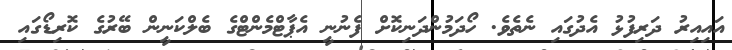
އައިއިރު ދަރިފުޅު އެދުގައި ނެތެވެ. ހޯދަމުންދަނިކޮށް ފެނުނީ އެޕާޓްމެންޓްގެ ބެލްކަނީން ބޭރުގެ ކޮރިޑޯގައި